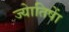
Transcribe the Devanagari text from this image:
ज्याेतिषाें